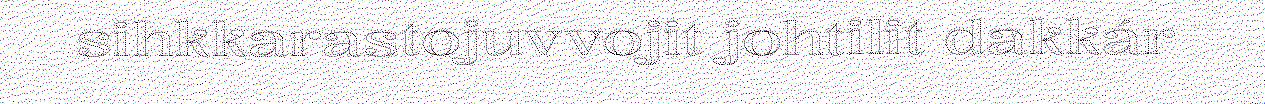
sihkkarastojuvvojit johtilit dakkár